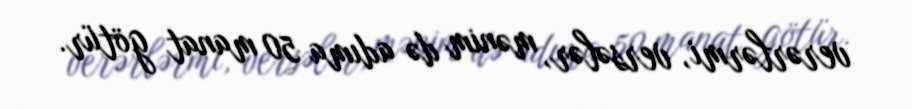
verərlərmi, versələr, mənim də adıma 50 manat götür.